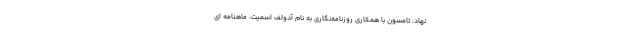
نهاد. تامسون با همکاری روزنامه‌نگاری به نام آدولف اسمیت، ماهنامه ای